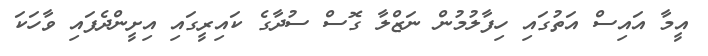
އީމާ އައިސް އަތުގައި ހިފާލުމުން ނަޒްލާ ގޮސް ސުދާގެ ކައިރީގައި އިށީންދެފައި ވާހަކަ